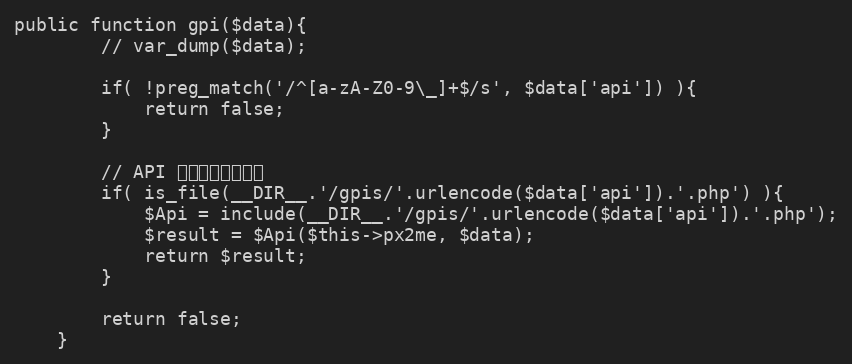
Language: PHP
public function gpi($data){
		// var_dump($data);

		if( !preg_match('/^[a-zA-Z0-9\_]+$/s', $data['api']) ){
			return false;
		}

		// API をロードして実行
		if( is_file(__DIR__.'/gpis/'.urlencode($data['api']).'.php') ){
			$Api = include(__DIR__.'/gpis/'.urlencode($data['api']).'.php');
			$result = $Api($this->px2me, $data);
			return $result;
		}

		return false;
	}